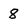
Character: 8